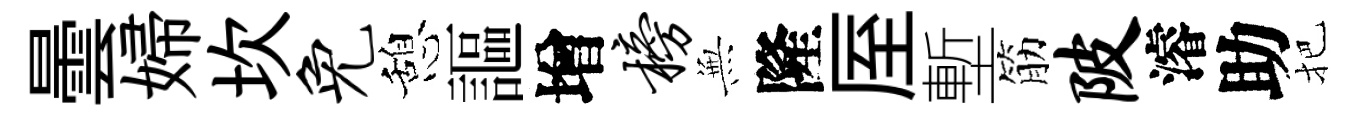
曇婦坎免憩謳增榜𭴾隆厔塹筋陂濬助把